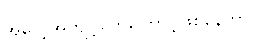
အလေ့အကျင့်တွေကြောင့်ဖြစ်နေတာပါ။